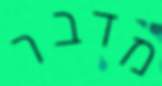
מדבר